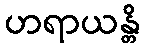
ဟရာယန္တိ